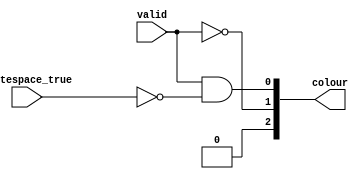
// controls 2 tri-color LEDs, 1 to designate valid vs invalid signals
// 1's are on, 0's are off 

module LED_control(
    input valid, 
    input whitespace_true, 
    output [2:0] colour
);

// R17 - bit 0
// G17 - bit 1
// B17 - bit 2

assign colour[0] = valid & ~whitespace_true;
assign colour[1] = ~valid;
assign colour[2] = 1'b0;

endmodule